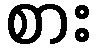
စား